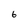
Character: 6